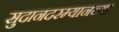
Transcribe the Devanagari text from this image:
सुदानदरम्यानच्या